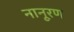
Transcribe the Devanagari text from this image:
नानूरण